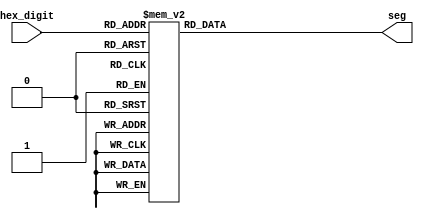
module hex_display( hex_digit, seg );
input [3:0] hex_digit;
output [6:0] seg;
reg [6:0] seg;

always @ (hex_digit)
case (hex_digit)
		4'h0: seg = ~7'h3F;
		4'h1: seg = ~7'h06; 
		4'h2: seg = ~7'h5B; 
		4'h3: seg = ~7'h4F; 	
		4'h4: seg = ~7'h66; 
		4'h5: seg = ~7'h6D; 
		4'h6: seg = ~7'h7D;
		4'h7: seg = ~7'h07; 	
		4'h8: seg = ~7'h7F; 	
		4'h9: seg = ~7'h67; 	
		4'ha: seg = ~7'b00000000;
		4'hb: seg = ~7'b00000000;
		4'hc: seg = ~7'b00000000;
		4'hd: seg = ~7'b00000000;
		4'he: seg = ~7'b00000000;
		4'hf: seg = ~7'b01011100;
endcase

endmodule